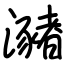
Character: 瀦